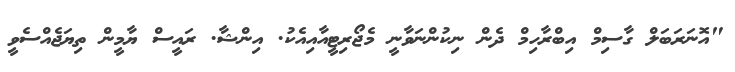
"އޮނަރަބަލް ގާސިމް އިބްރާހިމް ދެން ނިކުންނަވާނީ މެޖޯރިޓީއާއިއެކު. އިންޝާ. ރައީސް ޔާމީން ތިޔަޖެއްސެވީ